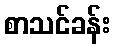
စာသင်ခန်း